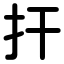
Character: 扞